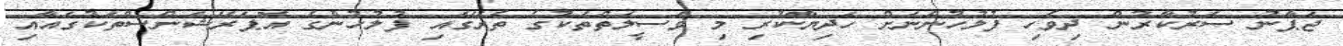
ޖަޕާނު ސަރުކާރުން ދިވެހި ފުލުހުންނަށް ހަދިޔާކުރި މި ވަސީލަތްތަކުގެ ތެރޭގައި ފުލުހުންގެ އޮޕަރޭޝަންސްތަކުގައާއި